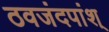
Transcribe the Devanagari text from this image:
ठवजंदपांश्